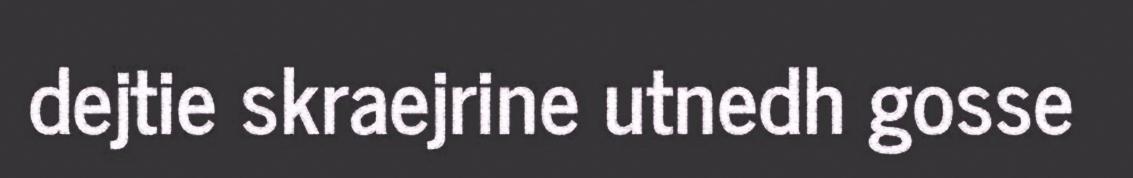
dejtie skraejrine utnedh gosse